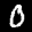
Label: 0